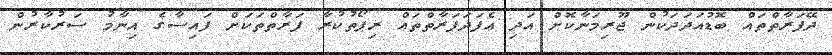
ދޭފަޜާތްތައް ބޮޑުއަދަދަކުން ޖޫރިމަނާކޮށް އަދި އެފަދަފަރާތްތައް ރިޕޯތުކުރާ ފަރާތްތަކަށް ފައިސާގެ އިނާމު ސަރުކާރުން